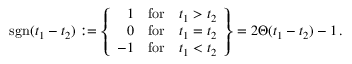
\mathrm { s g n } ( t _ { 1 } - t _ { 2 } ) : = \left\{ \begin{array} { r c c } { { 1 } } & { { \mathrm { f o r } } } & { { t _ { 1 } > t _ { 2 } } } \\ { { 0 } } & { { \mathrm { f o r } } } & { { t _ { 1 } = t _ { 2 } } } \\ { { - 1 } } & { { \mathrm { f o r } } } & { { t _ { 1 } < t _ { 2 } } } \end{array} \right\} = 2 \Theta ( t _ { 1 } - t _ { 2 } ) - 1 \, .